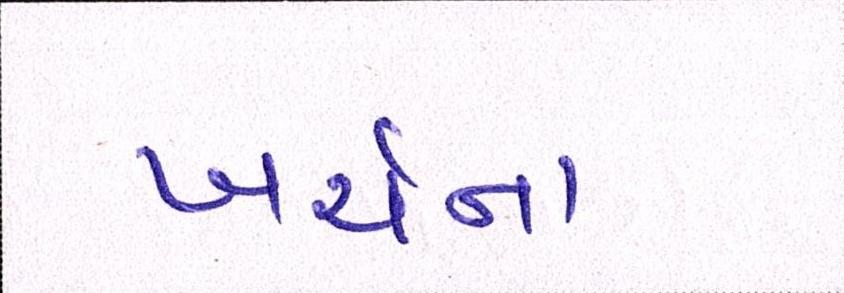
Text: ખર્ચના